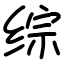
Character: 综